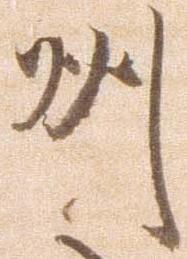
州